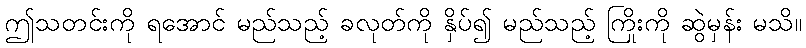
ဤသတင်းကို ရအောင် မည်သည့် ခလုတ်ကို နှိပ်၍ မည်သည့် ကြိုးကို ဆွဲမှန်း မသိ။